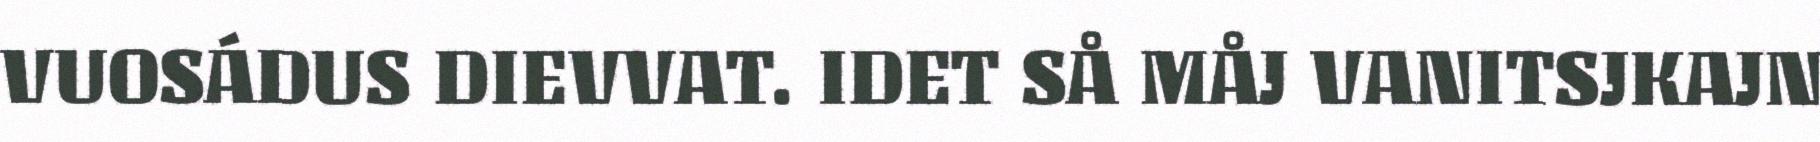
VUOSÁDUS DIEVVAT. IDET SÅ MÅJ VANITSJKAJN